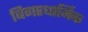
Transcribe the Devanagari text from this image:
बिगरधार्मिक